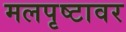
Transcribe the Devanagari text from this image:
मलपृष्टावर